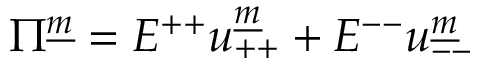
\Pi ^ { \underline { { m } } } = E ^ { + + } u _ { + + } ^ { \underline { { m } } } + E ^ { -- } u _ { -- } ^ { \underline { { m } } }